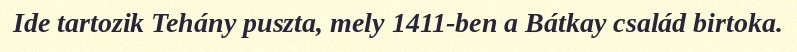
Ide tartozik Tehány puszta, mely 1411-ben a Bátkay család birtoka.